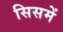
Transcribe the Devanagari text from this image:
सिसमें